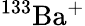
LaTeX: ^{133}\mathrm{Ba}^{+}